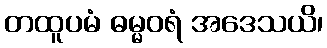
တထူပမံ ဓမ္မဝရံ အဒေသယိ၊